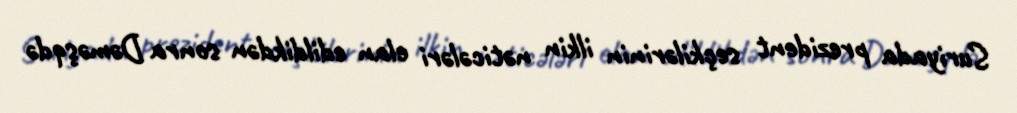
Suriyada prezident seçkilərinin ilkin nəticələri elan edildikdən sonra Dəməşqdə